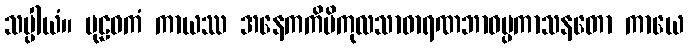
သပ္ပါယံ။ ပုဠဝကံ ကာယဿ အနေကကိမိကုလသာဓာရဏဘာဝပ္ပကာသနတော ကာယေ